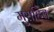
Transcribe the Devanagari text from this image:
मुराहिब